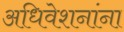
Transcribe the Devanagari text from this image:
अधिवेशनांना